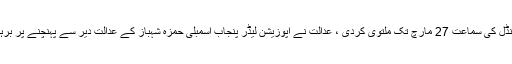
احتساب عدالت لاہور نے رمضان شوگر ملز کیس اور آشیانہ ہاؤسنگ اسکینڈل کی سماعت 27 مارچ تک ملتوی کردی ، عدالت نے اپوزیشن لیڈر پنجاب اسمبلی حمزہ شہباز کے عدالت دیر سے پہنچنے پر برہمی کا اظہار کیا، آئندہ سماعت پر حمزہ پر فرد جرم بھی عائد کی جائیگی ۔